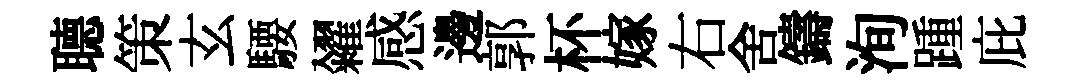
𦗟策玄騕糴感邊郭杯嫁右舍鑄洵踵庇